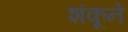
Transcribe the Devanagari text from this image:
शंकूने